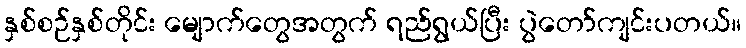
နှစ်စဉ်နှစ်တိုင်း မျောက်တွေအတွက် ရည်ရွယ်ပြီး ပွဲတော်ကျင်းပတယ်။